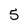
Character: 5